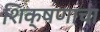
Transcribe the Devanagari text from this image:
शि़क्षणाचा